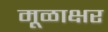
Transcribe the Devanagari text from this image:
मूळाक्षर